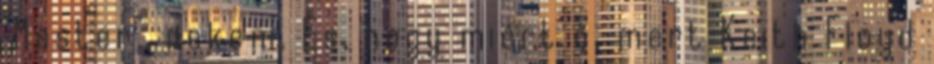
"Mester", nekem. És, hogy miért ő, mert Keith Floyd